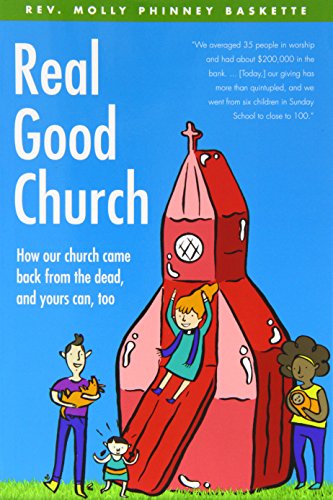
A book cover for Real Good Church: How Our Church Came Back from the Dead, and Yours Can, Too; Molly Phinney Baskette; Christian Books & Bibles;